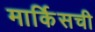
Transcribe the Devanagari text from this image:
मार्किसची